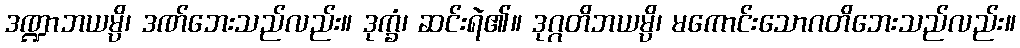
ဒဏ္ဍာဘယမ္ပိ၊ ဒဏ်ဘေးသည်လည်း။ ဒုက္ခံ၊ ဆင်းရဲ၏။ ဒုဂ္ဂတိဘယမ္ပိ၊ မကောင်းသောဂတိဘေးသည်လည်း။